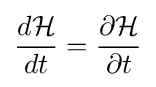
{\frac {d{\mathcal {H}}}{dt}}={\frac {\partial {\mathcal {H}}}{\partial t}}